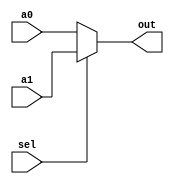
module Mux2To1 (a0, a1, sel, out);
    parameter N = 32;

    input [N-1:0] a0, a1;
    input sel;
    output [N-1:0] out;

    assign out = sel ? a1 : a0;
endmodule